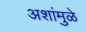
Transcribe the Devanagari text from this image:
अशांमुळे